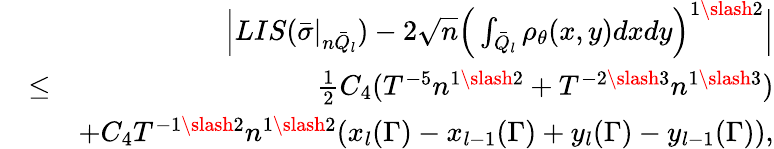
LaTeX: \begin{array}{rlr}&{}&{\Big|LIS(\bar{\sigma}|_{n\bar{Q}_{l}})-2\sqrt{n}\Big(\int_{\bar{Q}_{l}}\rho_{\theta}(x,y)dxdy\Big)^{1\slash 2}\Big|}\\ &{\leq}&{\frac{1}{2}C_{4}(T^{-5}n^{1\slash 2}+T^{-2\slash 3}n^{1\slash 3})}\\ &{}&{+C_{4}T^{-1\slash 2}n^{1\slash 2}(x_{l}(\Gamma)-x_{l-1}(\Gamma)+y_{l}(\Gamma)-y_{l-1}(\Gamma)),}\end{array}